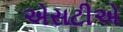
એસટીએ